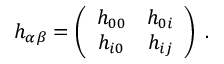
h _ { \alpha \beta } = \left( \begin{array} { c c } { { h _ { 0 0 } } } & { { h _ { 0 i } } } \\ { { h _ { i 0 } } } & { { h _ { i j } } } \end{array} \right) \; .